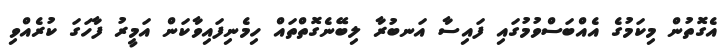
އެގޮތުން މިކަމުގެ އެއްބަސްވުމުގައި ފައިސާ އަނބުރާ ލިބޭނެގޮތްތައް ހިމެނިފައިވާކަން އަމީރު ފާހަގަ ކުރެއްވި